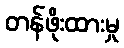
တန်ဖိုးထားမှု